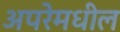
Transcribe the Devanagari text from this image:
अपरेमधील